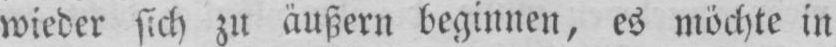
wieder sich zu äußern beginnen, es möchte in